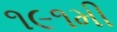
૧૯૧મી